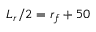
L _ { r } / 2 = r _ { f } + 5 0